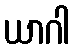
ယာဂါ